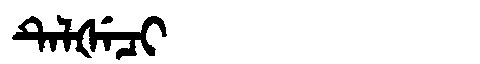
Manchu: ᡨᡝᠯᡧᡝᠴᡳ
Romanization: TELŠECI